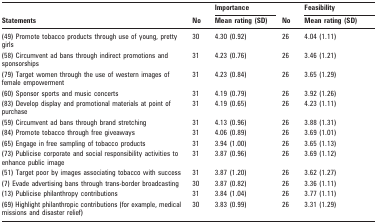
<table><thead><tr><td rowspan="2"><b>Statements</b></td><td></td><td rowspan="2"><b>No</b></td><td><b>Importance</b></td><td rowspan="2"><b>No</b></td><td><b>Feasibility</b></td></tr><tr><td></td><td><b>Mean rating (SD)</b></td><td><b>Mean rating (SD)</b></td></tr></thead><tbody><tr><td>(49) Promote tobacco products through use of young, pretty girls</td><td></td><td>30</td><td>4.30 (0.92)</td><td>26</td><td>4.04 (1.11)</td></tr><tr><td>(58) Circumvent ad bans through indirect promotions and sponsorships</td><td></td><td>31</td><td>4.23 (0.76)</td><td>26</td><td>3.46 (1.21)</td></tr><tr><td>(79) Target women through the use of western images of female empowerment</td><td></td><td>31</td><td>4.23 (0.84)</td><td>26</td><td>3.65 (1.29)</td></tr><tr><td>(60) Sponsor sports and music concerts</td><td></td><td>31</td><td>4.19 (0.79)</td><td>26</td><td>3.92 (1.26)</td></tr><tr><td>(83) Develop display and promotional materials at point of purchase</td><td></td><td>31</td><td>4.19 (0.65)</td><td>26</td><td>4.23 (1.11)</td></tr><tr><td>(59) Circumvent ad bans through brand stretching</td><td></td><td>31</td><td>4.13 (0.96)</td><td>26</td><td>3.88 (1.31)</td></tr><tr><td>(84) Promote tobacco through free giveaways</td><td></td><td>31</td><td>4.06 (0.89)</td><td>26</td><td>3.69 (1.01)</td></tr><tr><td>(65) Engage in free sampling of tobacco products</td><td></td><td>31</td><td>3.94 (1.00)</td><td>26</td><td>3.65 (1.13)</td></tr><tr><td>(73) Publicise corporate and social responsibility activities to enhance public image</td><td></td><td>31</td><td>3.87 (0.96)</td><td>26</td><td>3.69 (1.12)</td></tr><tr><td>(51) Target poor by images associating tobacco with success</td><td></td><td>31</td><td>3.87 (1.20)</td><td>26</td><td>3.62 (1.27)</td></tr><tr><td>(7) Evade advertising bans through trans-border broadcasting</td><td></td><td>30</td><td>3.87 (0.82)</td><td>26</td><td>3.36 (1.11)</td></tr><tr><td>(13) Publicise philanthropy contributions</td><td></td><td>31</td><td>3.84 (1.04)</td><td>26</td><td>3.77 (1.11)</td></tr><tr><td>(69) Highlight philanthropic contributions (for example, medical missions and disaster relief)</td><td></td><td>30</td><td>3.83 (0.99)</td><td>26</td><td>3.31 (1.29)</td></tr></tbody></table>